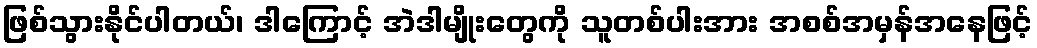
ဖြစ်သွားနိုင်ပါတယ်၊ ဒါကြောင့် အဲဒါမျိုးတွေကို သူတစ်ပါးအား အစစ်အမှန်အနေဖြင့်